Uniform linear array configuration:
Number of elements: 64
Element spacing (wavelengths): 0.5
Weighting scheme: hann
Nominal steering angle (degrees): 15
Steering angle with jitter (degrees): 14.608
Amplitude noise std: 0.05
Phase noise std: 0.05

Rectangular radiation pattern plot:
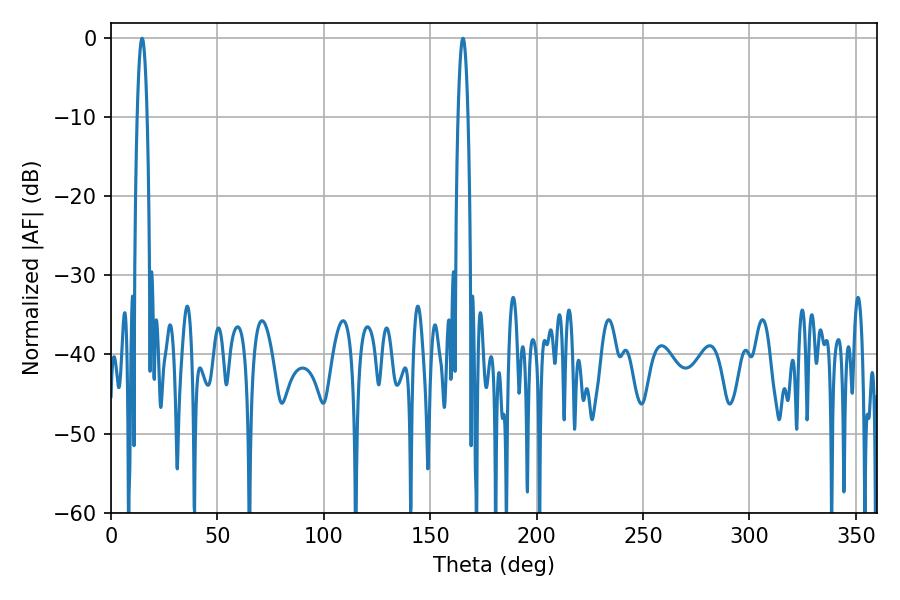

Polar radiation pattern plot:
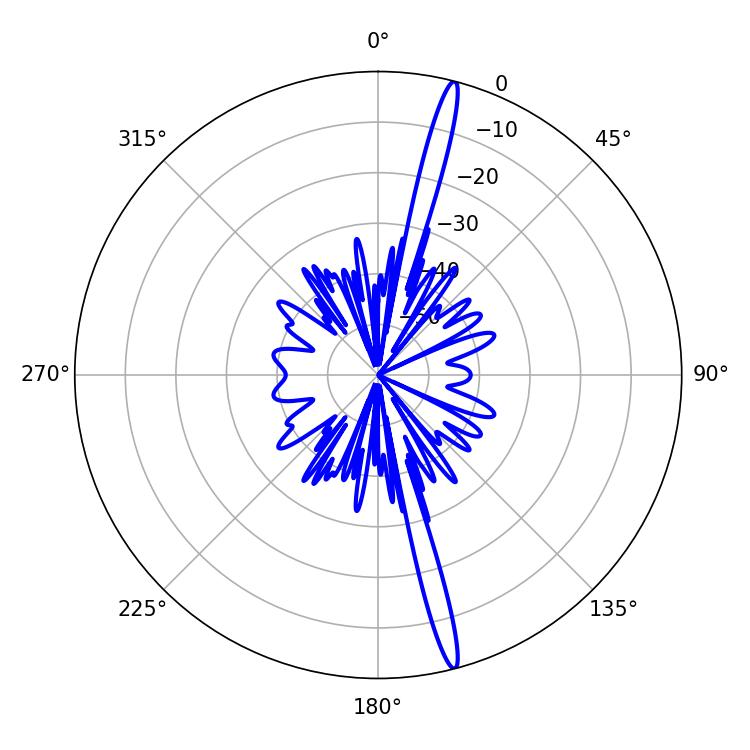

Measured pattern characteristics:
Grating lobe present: FALSE
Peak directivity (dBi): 19.067
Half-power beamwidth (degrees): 2.52
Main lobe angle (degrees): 14.58